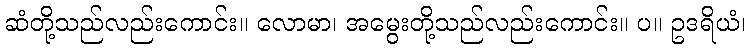
ဆံတို့သည်လည်းကောင်း။ လောမာ၊ အမွေးတို့သည်လည်းကောင်း။ ပ။ ဥဒရိယံ၊